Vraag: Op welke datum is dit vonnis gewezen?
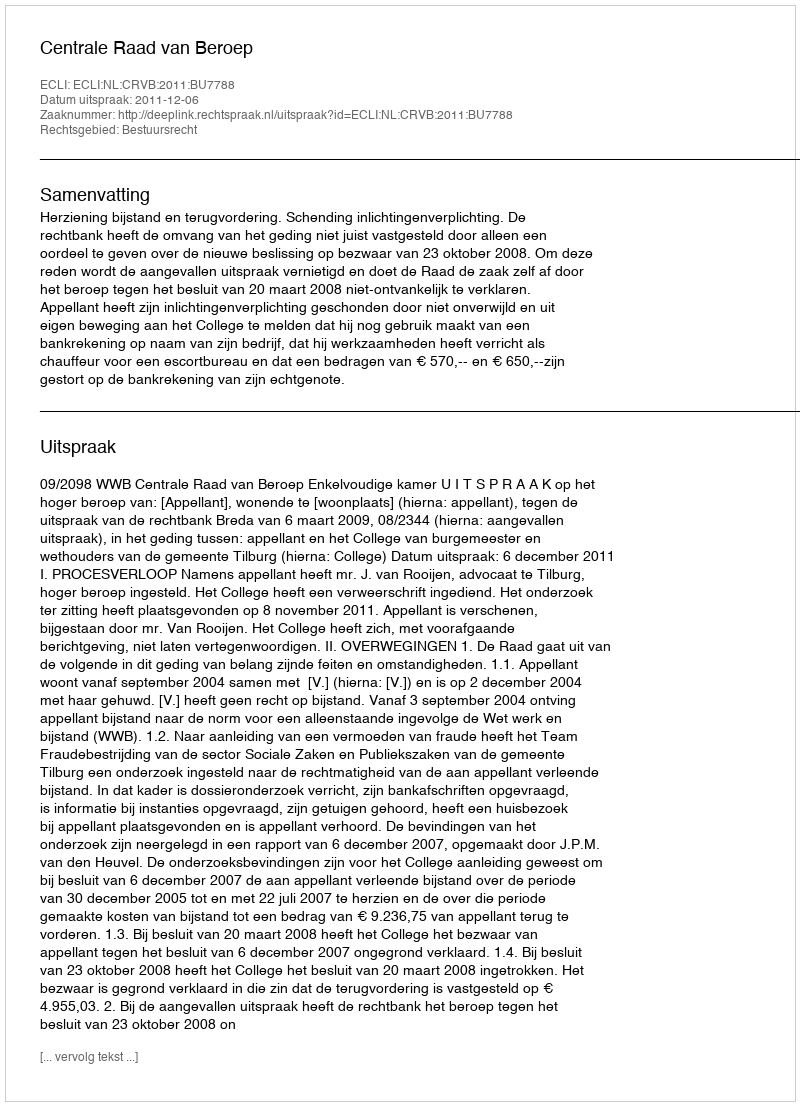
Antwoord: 2011-12-06